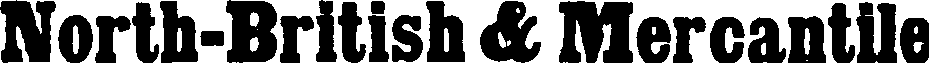
North-British & Mercantile